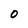
Character: 0